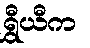
ရွှီယီက